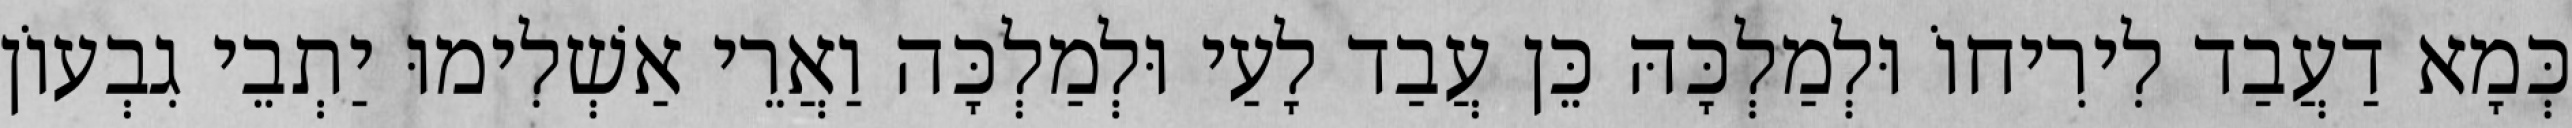
כְּמָא דַעֲבַד לִירִיחוֹ וּלְמַלְכָּהּ כֵּן עֲבַד לָעַי וּלְמַלְכָּה וַאֲרֵי אַשְׁלִימוּ יַתְבֵי גִבְעוֹן